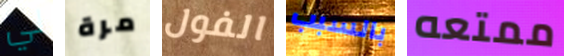
لي مرة الفول بالسبب ممتعه